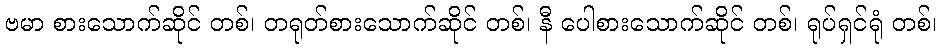
ဗမာ စားသောက်ဆိုင် တစ်၊ တရုတ်စားသောက်ဆိုင် တစ်၊ နီ ပေါစားသောက်ဆိုင် တစ်၊ ရုပ်ရှင်ရုံ တစ်၊